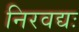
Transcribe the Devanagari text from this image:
निरवद्यः